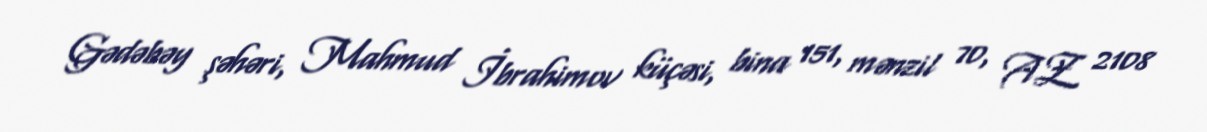
Gədəbəy şəhəri, Mahmud İbrahimov küçəsi, bina 151, mənzil 70, AZ 2108